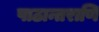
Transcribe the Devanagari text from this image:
पाठान्तराणि